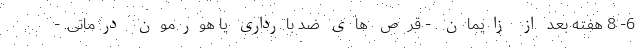
6- 8 هفته بعد از زایمان. - قرص های ضد بارداری یا هورمون درمانی. -